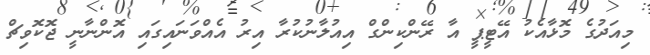
މިއަދުގެ މޮޅާއެކު އޭޓީޕީ އާ ރޭންކިންގް އިއުލާނުކުރާ އިރު އެއްވަނައިގައި އޮންނާނީ ޖޮކޮވިޗް